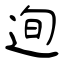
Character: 迿